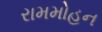
રામમોહન